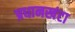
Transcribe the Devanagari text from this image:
प्रधानखंटा